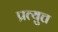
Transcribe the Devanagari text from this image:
प्रत्युत्त